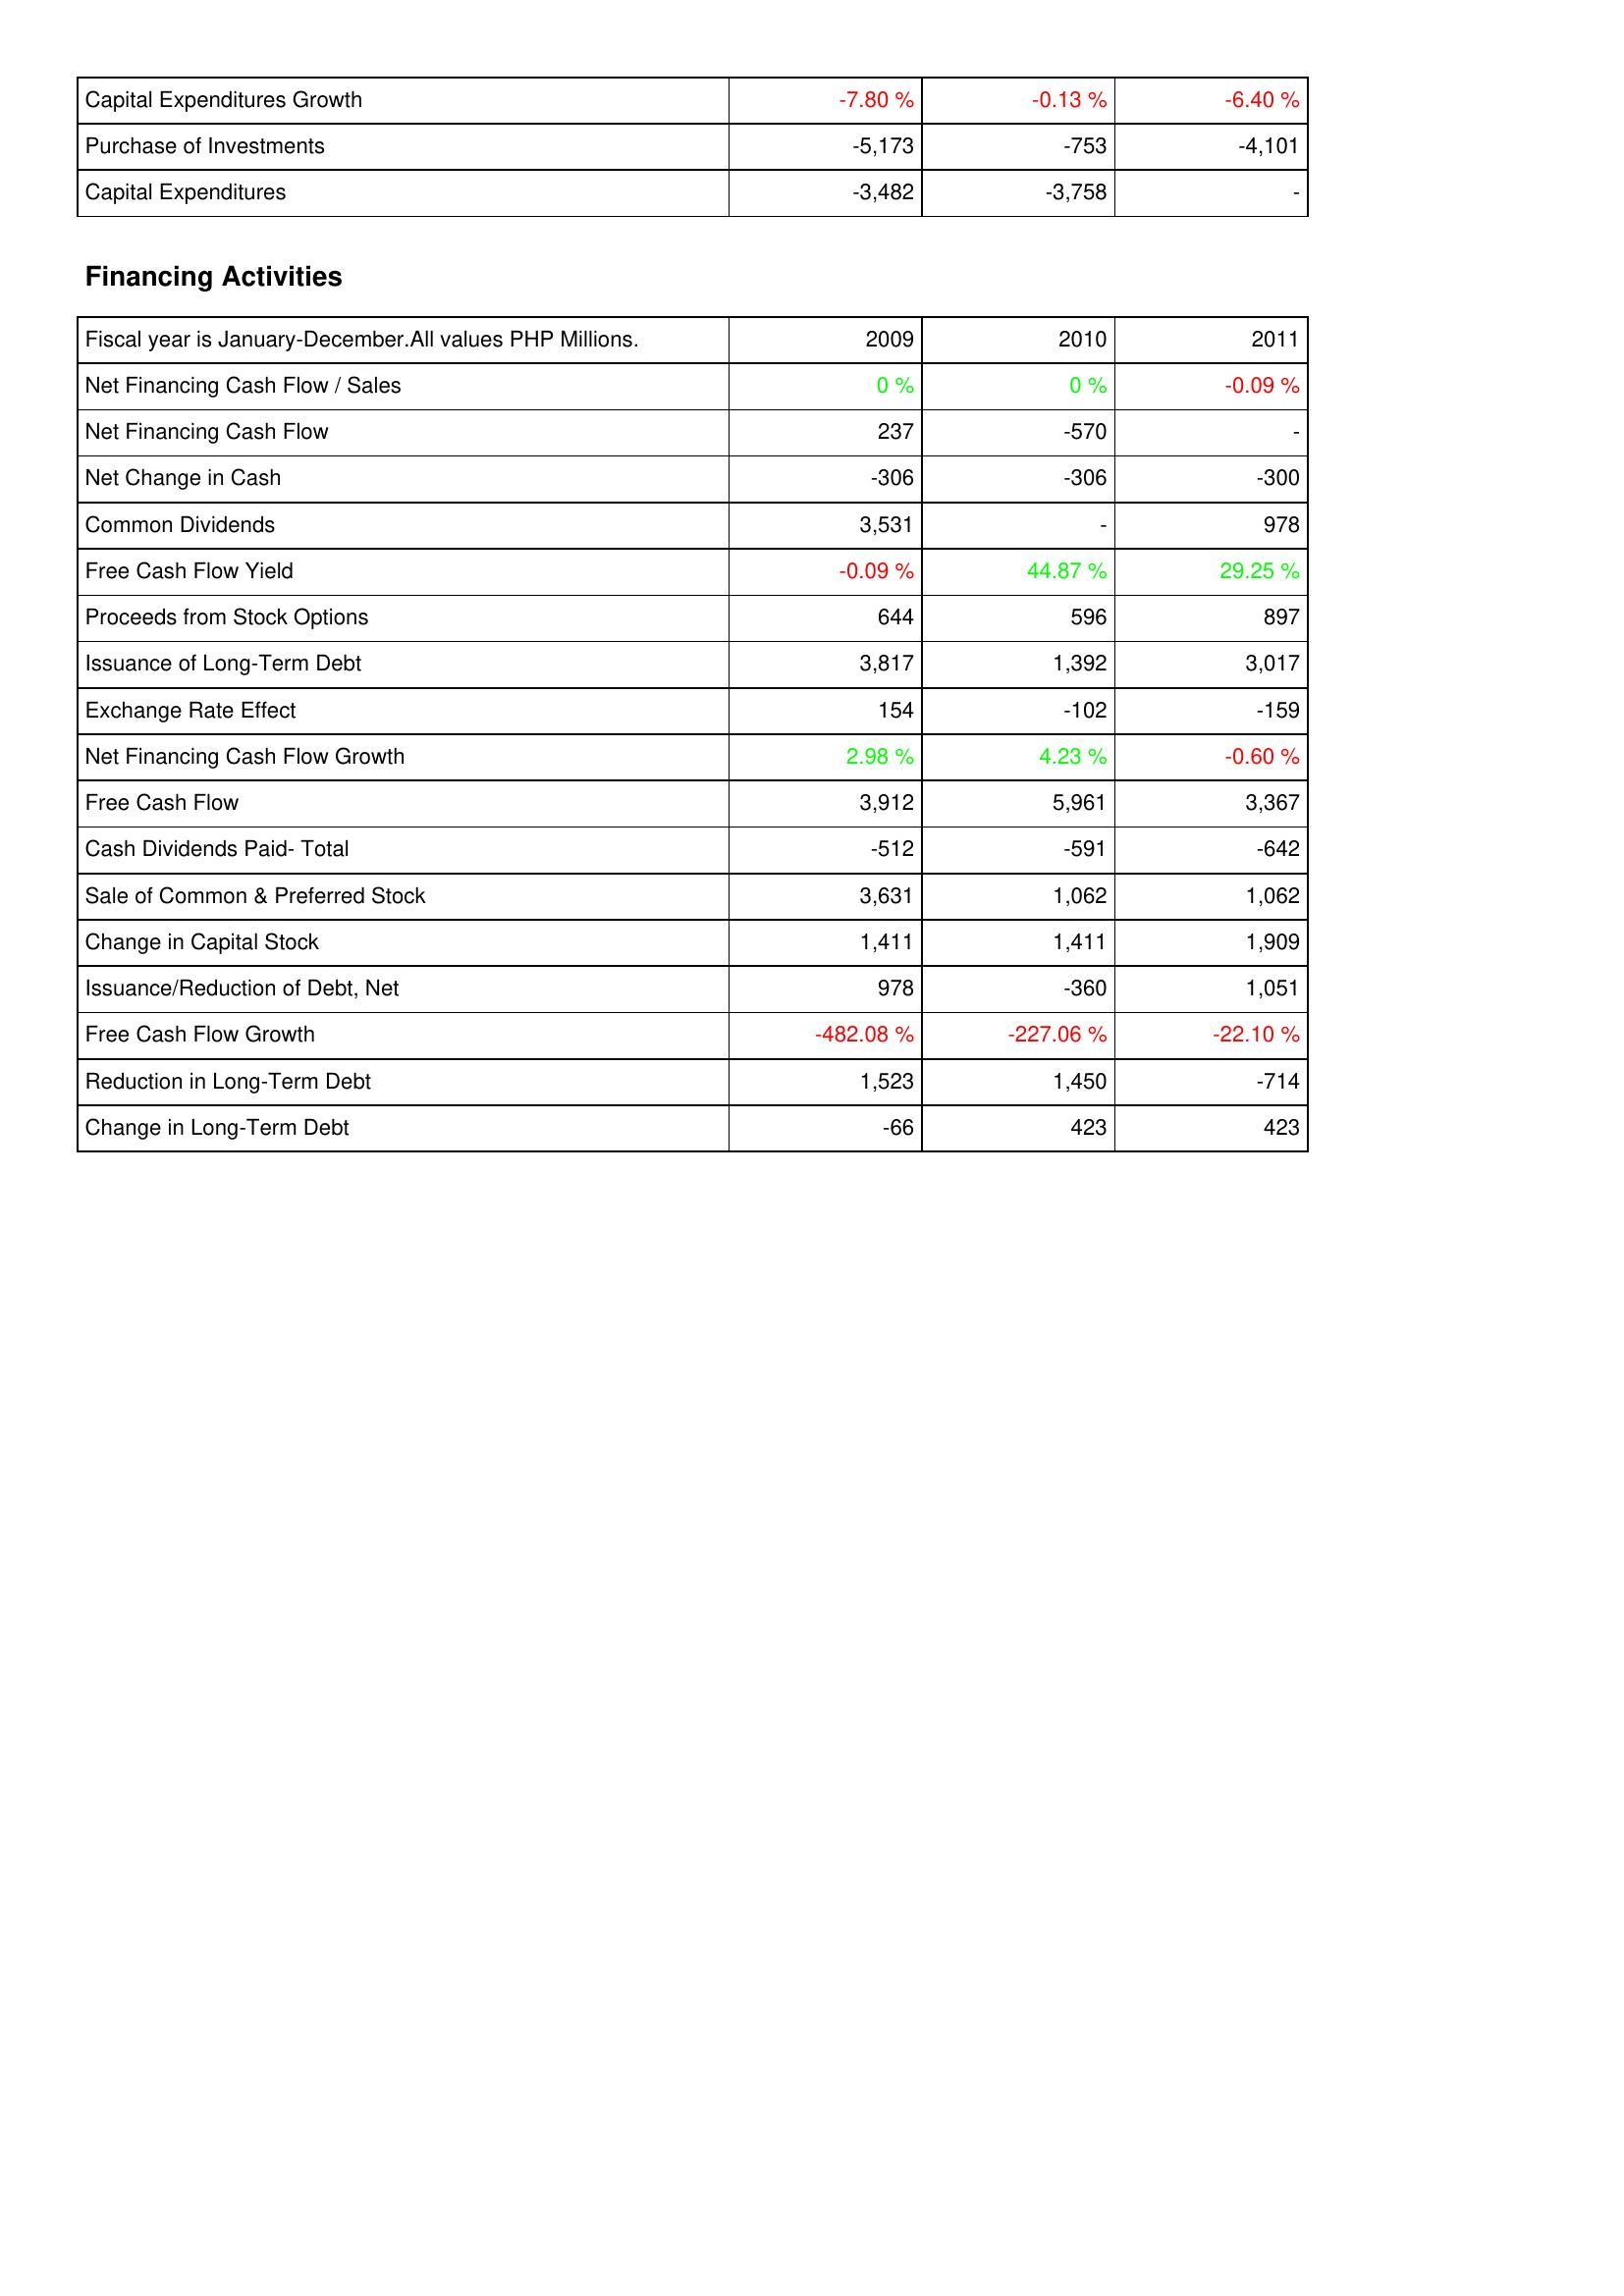
2009: Investing Activities: Capital Expenditures Growth: -7.80 %
Purchase of Investments: -5,173
Capital Expenditures: -3,482
Financing Activities: Net Financing Cash Flow / Sales: 0 %
Net Financing Cash Flow: 237
Net Change in Cash: -306
Common Dividends: 3,531
Free Cash Flow Yield: -0.09 %
Proceeds from Stock Options: 644
Issuance of Long-Term Debt: 3,817
Exchange Rate Effect: 154
Net Financing Cash Flow Growth: 2.98 %
Free Cash Flow: 3,912
Cash Dividends Paid- Total: -512
Sale of Common & Preferred Stock: 3,631
Change in Capital Stock: 1,411
Issuance/Reduction of Debt, Net: 978
Free Cash Flow Growth: -482.08 %
Reduction in Long-Term Debt: 1,523
Change in Long-Term Debt: -66
2010: Investing Activities: Capital Expenditures Growth: -0.13 %
Purchase of Investments: -753
Capital Expenditures: -3,758
Financing Activities: Net Financing Cash Flow / Sales: 0 %
Net Financing Cash Flow: -570
Net Change in Cash: -306
Common Dividends: -
Free Cash Flow Yield: 44.87 %
Proceeds from Stock Options: 596
Issuance of Long-Term Debt: 1,392
Exchange Rate Effect: -102
Net Financing Cash Flow Growth: 4.23 %
Free Cash Flow: 5,961
Cash Dividends Paid- Total: -591
Sale of Common & Preferred Stock: 1,062
Change in Capital Stock: 1,411
Issuance/Reduction of Debt, Net: -360
Free Cash Flow Growth: -227.06 %
Reduction in Long-Term Debt: 1,450
Change in Long-Term Debt: 423
2011: Investing Activities: Capital Expenditures Growth: -6.40 %
Purchase of Investments: -4,101
Capital Expenditures: -
Financing Activities: Net Financing Cash Flow / Sales: -0.09 %
Net Financing Cash Flow: -
Net Change in Cash: -300
Common Dividends: 978
Free Cash Flow Yield: 29.25 %
Proceeds from Stock Options: 897
Issuance of Long-Term Debt: 3,017
Exchange Rate Effect: -159
Net Financing Cash Flow Growth: -0.60 %
Free Cash Flow: 3,367
Cash Dividends Paid- Total: -642
Sale of Common & Preferred Stock: 1,062
Change in Capital Stock: 1,909
Issuance/Reduction of Debt, Net: 1,051
Free Cash Flow Growth: -22.10 %
Reduction in Long-Term Debt: -714
Change in Long-Term Debt: 423